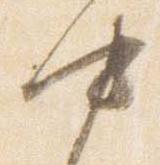
中